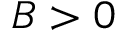
B > 0